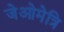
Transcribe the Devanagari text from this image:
जेओमेत्रि